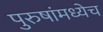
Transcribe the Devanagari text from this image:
पुरुषांमध्येच